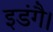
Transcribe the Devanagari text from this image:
इडंगै।